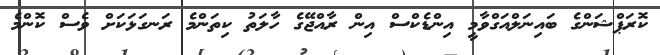
ކޮރަޕްޝަންގެ ބައިނަލްއަގްވާމީ އިންޑެކްސް އިން ރާއްޖޭގެ ހާލަތު ކިތަންމެ ރަނގަޅަކަށް ވެސް ކޮންމެ